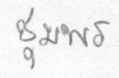
ชุมพร